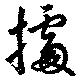
據